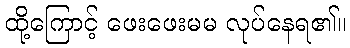
ထို့ကြောင့် ဖေးဖေးမမ လုပ်နေရ၏။